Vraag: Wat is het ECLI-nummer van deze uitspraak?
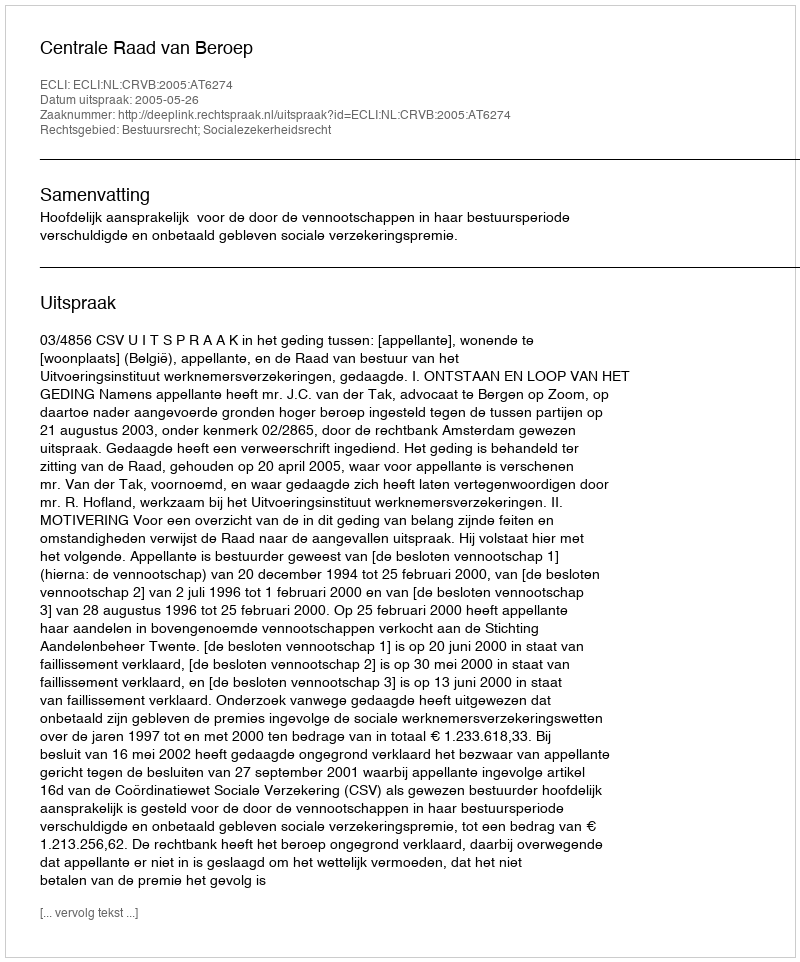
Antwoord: ECLI:NL:CRVB:2005:AT6274